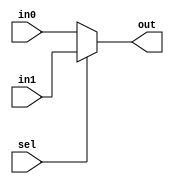
module mux5 (
    input wire [4:0] in0,  // Primeira entrada de 5 bits
    input wire [4:0] in1,  // Segunda entrada de 5 bits
    input wire sel,        // Seletor
    output wire [4:0] out  // Sada de 5 bits
);

    // Lgica do multiplexador
    assign out = sel ? in1 : in0;

endmodule